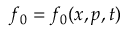
f _ { 0 } = f _ { 0 } ( \boldsymbol { x } , p , t )